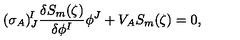
( \sigma _ { A } ) _ { J } ^ { \! I } \frac { \delta S _ { m } ( \zeta ) } { \delta \phi ^ { I } } \phi ^ { J } + V _ { A } S _ { m } ( \zeta ) = 0 ,